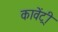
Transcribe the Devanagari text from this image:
कावेंट्री